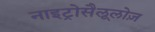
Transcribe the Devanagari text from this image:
नाइट्रोसैलूलोज़